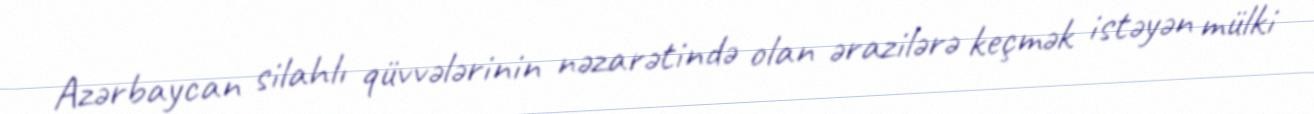
Azərbaycan silahlı qüvvələrinin nəzarətində olan ərazilərə keçmək istəyən mülki